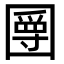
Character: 𡈣